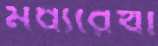
মধ্যরেখা